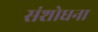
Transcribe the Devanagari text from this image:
संशोधना